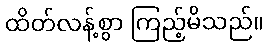
ထိတ်လန့်စွာ ကြည့်မိသည်။